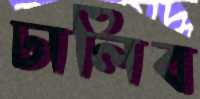
ঢালিব